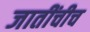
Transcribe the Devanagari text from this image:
जातींचीच